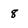
Character: 8